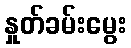
နှုတ်ခမ်းမွေး